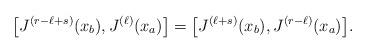
LaTeX: \begin{gather*}\big[J^{(r-\ell+s)}(x_b), J^{(\ell)}(x_a)\big] = \big[J^{(\ell+s)}(x_b),J^{(r-\ell)}(x_a)\big].\end{gather*}